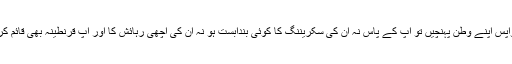
یہ مجرمانہ غفلت نہیں تو اور کیا ہے کہ سفر سے تھکے زائرین واپس اپنے وطن پہنچیں تو آپ کے پاس نہ ان کی سکریننگ کا کوئی بندابست ہو نہ ان کی اچھی رہائش کا اور آپ قرنطینہ بھی قائم کریں تو ایسی بد انتظامی کے ساتھ کہ زائرین کی چیخیں نکل جائیں ۔